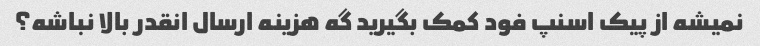
نمیشه از پیک اسنپ فود کمک بگیرید گه هزینه ارسال انقدر بالا نباشه؟